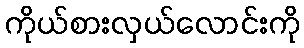
ကိုယ်စားလှယ်လောင်းကို